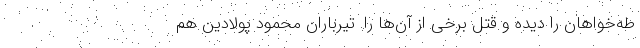
طه‌خواهان را دیده و قتل برخی از آن‌ها را. تیرباران محمود پولادین هم